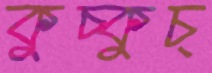
কুচ্‌কুচ্‌